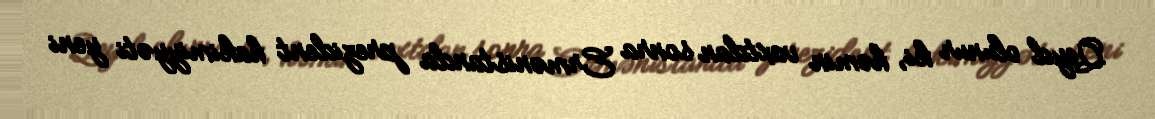
Qeyd olunur ki, həmin vaxtdan sonra Ermənistanda prezident hakimiyyəti yeni